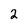
Character: 2